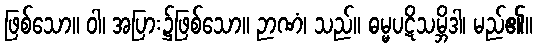
ဖြစ်သော။ ဝါ၊ အပြား၌ဖြစ်သော။ ဉာဏံ၊ သည်။ ဓမ္မပဋိသမ္ဘိဒါ၊ မည်၏။